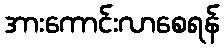
အားကောင်းလာစေရန်